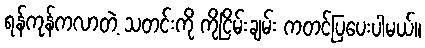
ရန်ကုန်ကလာတဲ့ သတင်းကို ကိုငြိမ်းချမ်း ကတင်ပြပေးပါမယ်။